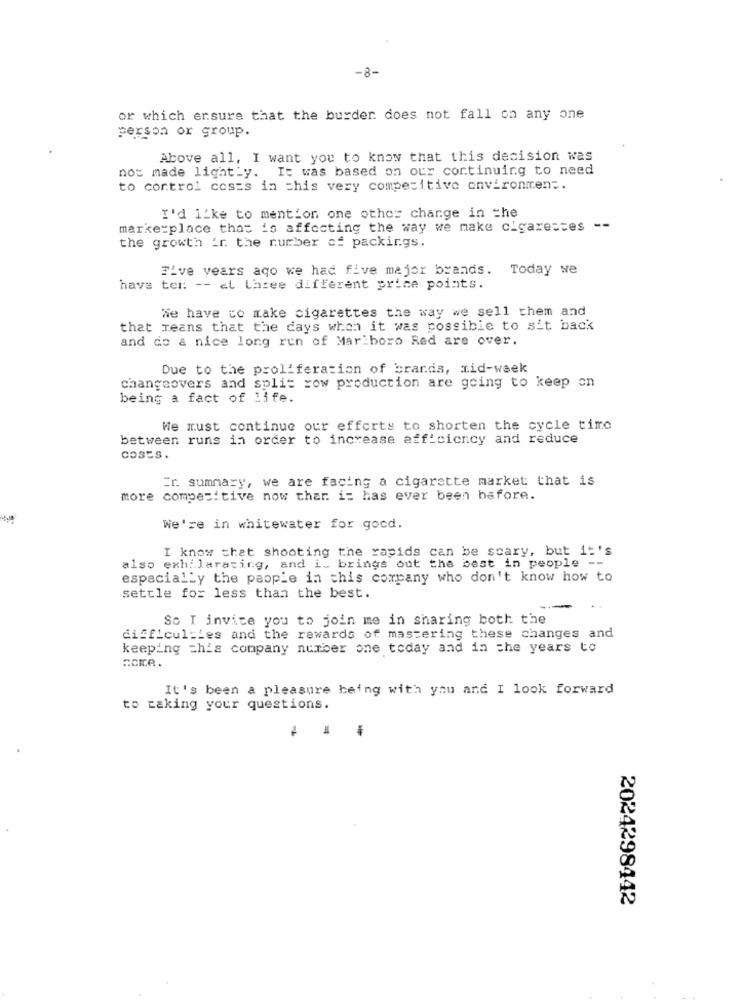
-8-
or which ersure that the burder does not fall on any one
person or group.
Above all, I want you to know that this decision was
not made lightly. It was based on our continuing to need
to control costs in this very competitive environmen ;.
I'd like to mention one other change in the
marke:place that is affecting the way we make cigare == es --
the growth ir the number of packings.
Five years ago we had five major brands. Today we
havs ter: -- at three different price points.
We have to make cigarettes the way we sell them and
that means that the days when it was possible to sit back
and do a nice long run of Marlboro Red are over.
Due to the proliferation of brands, mid-week
changeovers and split row production are going to keep on
being a fact of life.
We must continue our efforts to shorten the cycle time
between runs in order to increase efficiency and reduce
COSES.
Er. summary, we are facing a cigarette market that is
more competitive now thar. i: has ever been before.
We're in whitewater for good.
I know that shooting the rapids can be scary, but it's
also exhilarating, and i. brings out the best in people --
especially the people in this company who don't know how to
settle for less than the best.
-
So I invite you to join me in sharing both the
difficulties and the rewards of mastering these changes and
keeping this company number one today and in the years to
scre.
It's been a pleasure being with you and I look forward
to taking your questions.
2024298442